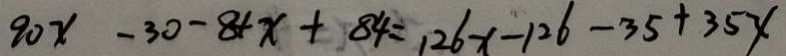
9 0 x - 3 0 - 8 4 x + 8 4 = 1 2 6 x - 1 2 6 - 3 5 + 3 5 x